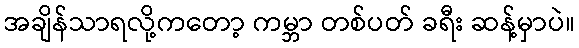
အချိန်သာရလို့ကတော့ ကမ္ဘာ တစ်ပတ် ခရီး ဆန့်မှာပဲ။